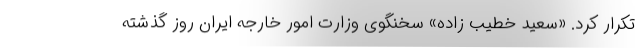
تکرار کرد. «سعید خطیب زاده» سخنگوی وزارت امور خارجه ایران روز گذشته